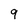
Character: 9